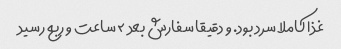
غذا کاملا سرد بود. و دقیقا سفارش بعد ٢ ساعت و ربع رسید